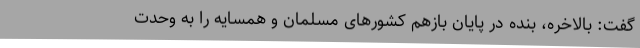
گفت: بالاخره، بنده در پایان بازهم کشورهای مسلمان و همسایه را به وحدت